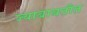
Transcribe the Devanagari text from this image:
ज्याबाबतीत